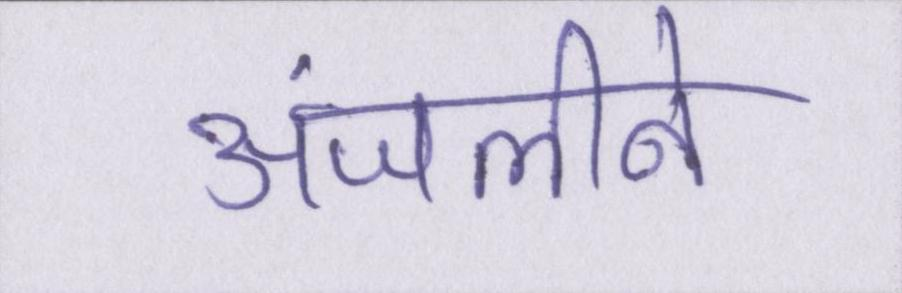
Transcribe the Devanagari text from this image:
अंजलीने